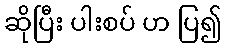
ဆိုပြီး ပါးစပ် ဟ ပြ၍